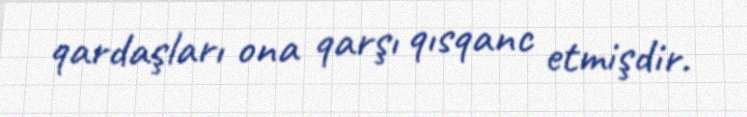
qardaşları ona qarşı qısqanc etmişdir.